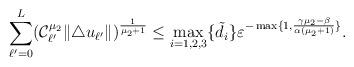
LaTeX: \begin{align*}\sum_{\ell'=0}^L (\mathcal C_{\ell'}^{\mu_2}\|\triangle u_{\ell'}\|)^{\frac{1}{\mu_2+1}}\leq \max_{i=1,2,3}\{\tilde d_i\}\varepsilon^{-\max\{1,\frac{\gamma\mu_2-\beta}{\alpha(\mu_2+1)}\}}.\end{align*}